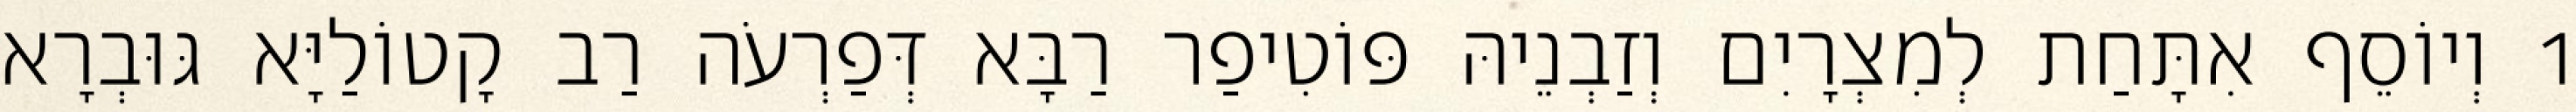
1 וְיוֹסֵף אִתָּחַת לְמִצְרָיִם וְזַבְנֵיהּ פּוֹטִיפַר רַבָּא דְּפַרְעֹה רַב קָטוֹלַיָּא גּוּבְרָא